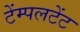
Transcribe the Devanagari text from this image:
टेंम्पलटेंट